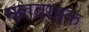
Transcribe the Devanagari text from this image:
मलवाहक